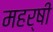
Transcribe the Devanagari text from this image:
महर्षीं